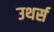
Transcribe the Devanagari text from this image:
उथर्स